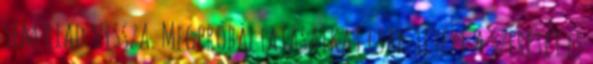
sem riad vissza. Megpróbáltatásaikat csak tetézi a szeretet és